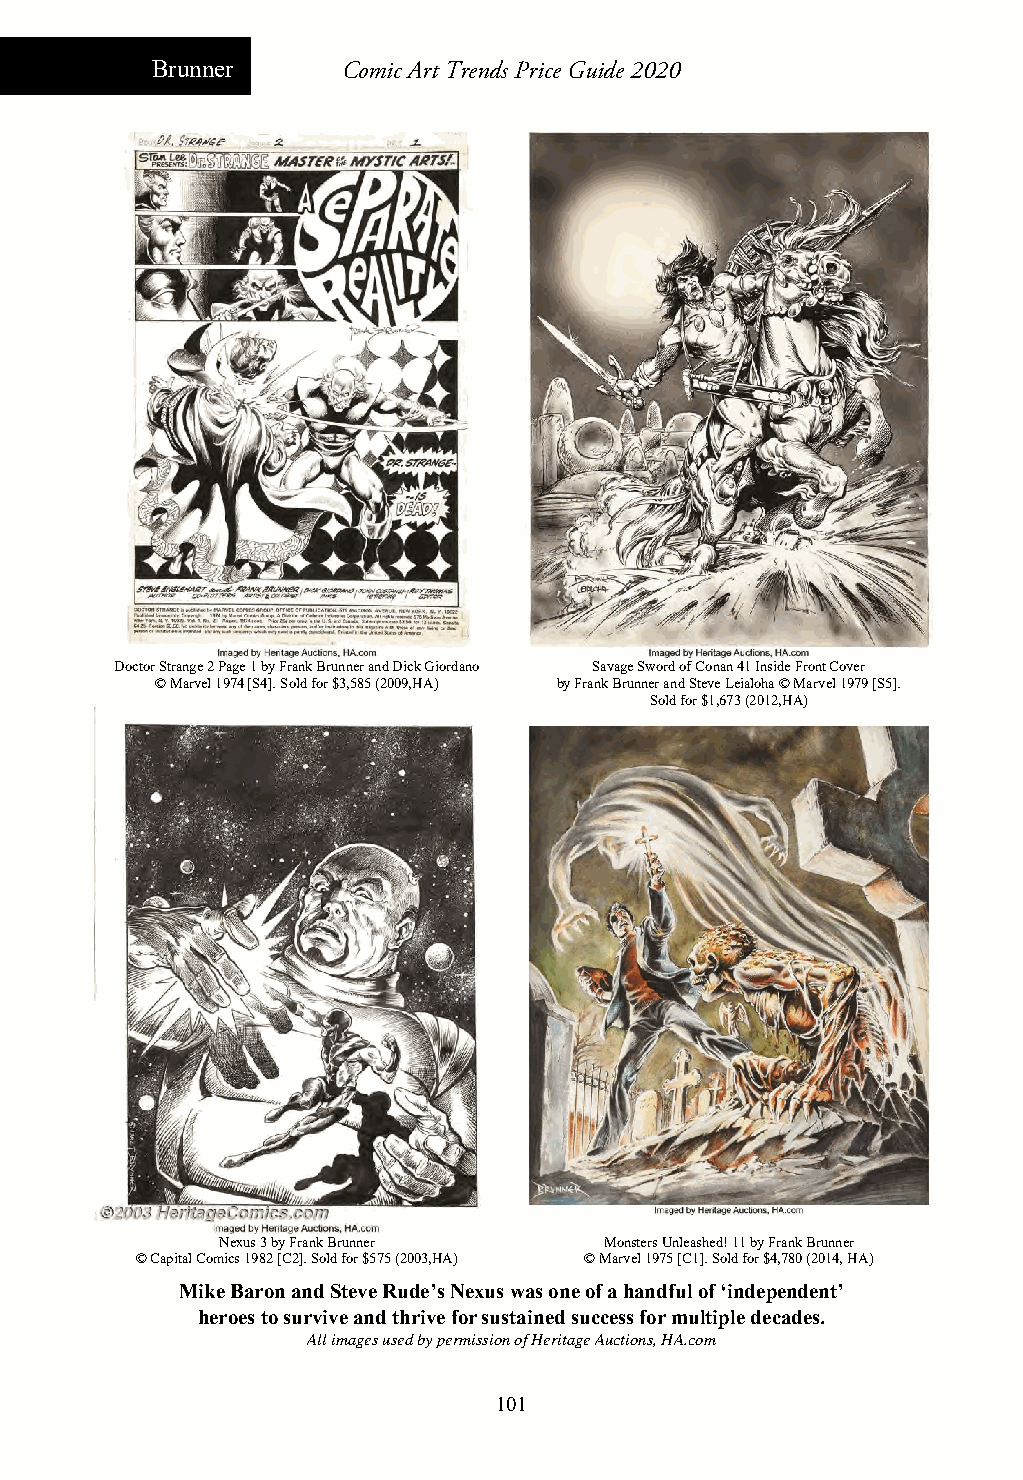
Brunner      Comic Art Trends Price Guide 2020
 Doctor Strange 2 Page 1 by Frank Brunner and Dick Giordano Savage Sword of Conan 41 Inside Front Cover
 © Marvel 1974 [S4]. Sold for $3,585 (2009,HA) by Frank Brunner and Steve Leialoha © Marvel 1979 [S5].
 Sold for $1,673(2012,HA)
 Nexus 3 by Frank Brunner Monsters Unleashed! 11 by Frank Brunner
 © Capital Comics 1982 [C2]. Sold for $575 (2003,HA) © Marvel 1975 [C1]. Sold for $4,780 (2014, HA)
 Mike Baron and Steve Rude’s Nexus was one of a handful of ‘independent’
 heroes to survive and thrive for sustained success for multiple decades.
 All images used by permission of Heritage Auctions, HA.com
 101